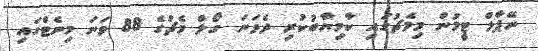
ނޭޕާލް ޓީމުން މިމެޗުގައި ކާމިޔާބުކުރި ދެވަނަ ގޯލް މެޗުގެ 88 ވަނަ މިނެޓްގައި